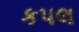
કપલ